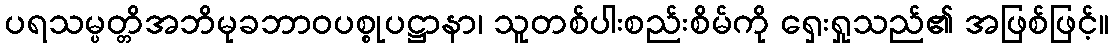
ပရသမ္ပတ္တိအဘိမုခဘာဝပစ္စုပဋ္ဌာနာ၊ သူတစ်ပါးစည်းစိမ်ကို ရှေးရှုသည်၏ အဖြစ်ဖြင့်။